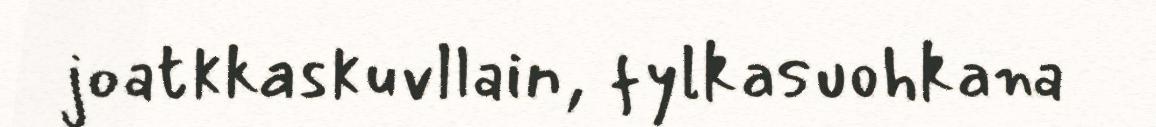
joatkkaskuvllain, fylkasuohkana